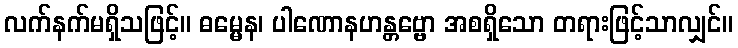
လက်နက်မရှိသဖြင့်။ ဓမ္မေန၊ ပါဏောနဟန္တဗ္ဗော အစရှိသော တရားဖြင့်သာလျှင်။